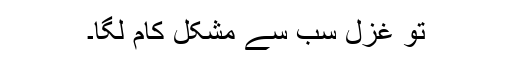
تو غزل سب سے مشکل کام لگا۔